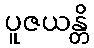
ပူဇယန္တိ